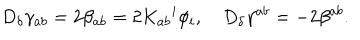
D _ { \delta } \gamma _ { a b } = 2 \beta _ { a b } = 2 K _ { a b } { ^ { i } } \phi _ { i } , \quad D _ { \delta } \gamma ^ { a b } = - 2 \beta ^ { a b } .